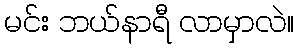
မင်း ဘယ်နာရီ လာမှာလဲ။